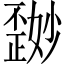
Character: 𪴽